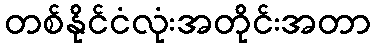
တစ်နိုင်ငံလုံးအတိုင်းအတာ